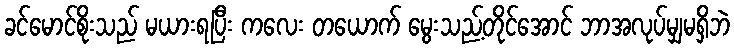
ခင်မောင်စိုးသည် မယားရပြီး ကလေး တယောက် မွေးသည့်တိုင်အောင် ဘာအလုပ်မျှမရှိဘဲ